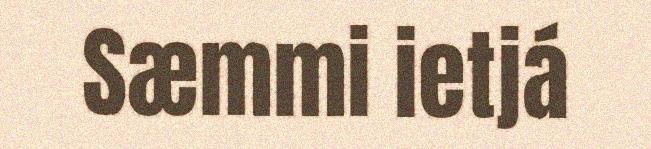
Sæmmi ietjá